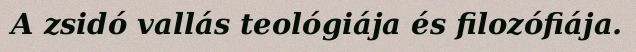
A zsidó vallás teológiája és filozófiája.